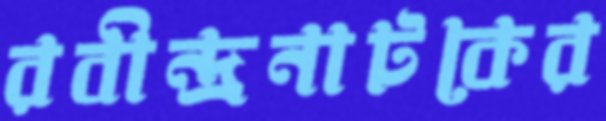
রবীন্দ্রনাটকের